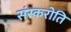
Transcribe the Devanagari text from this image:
संस्करोति